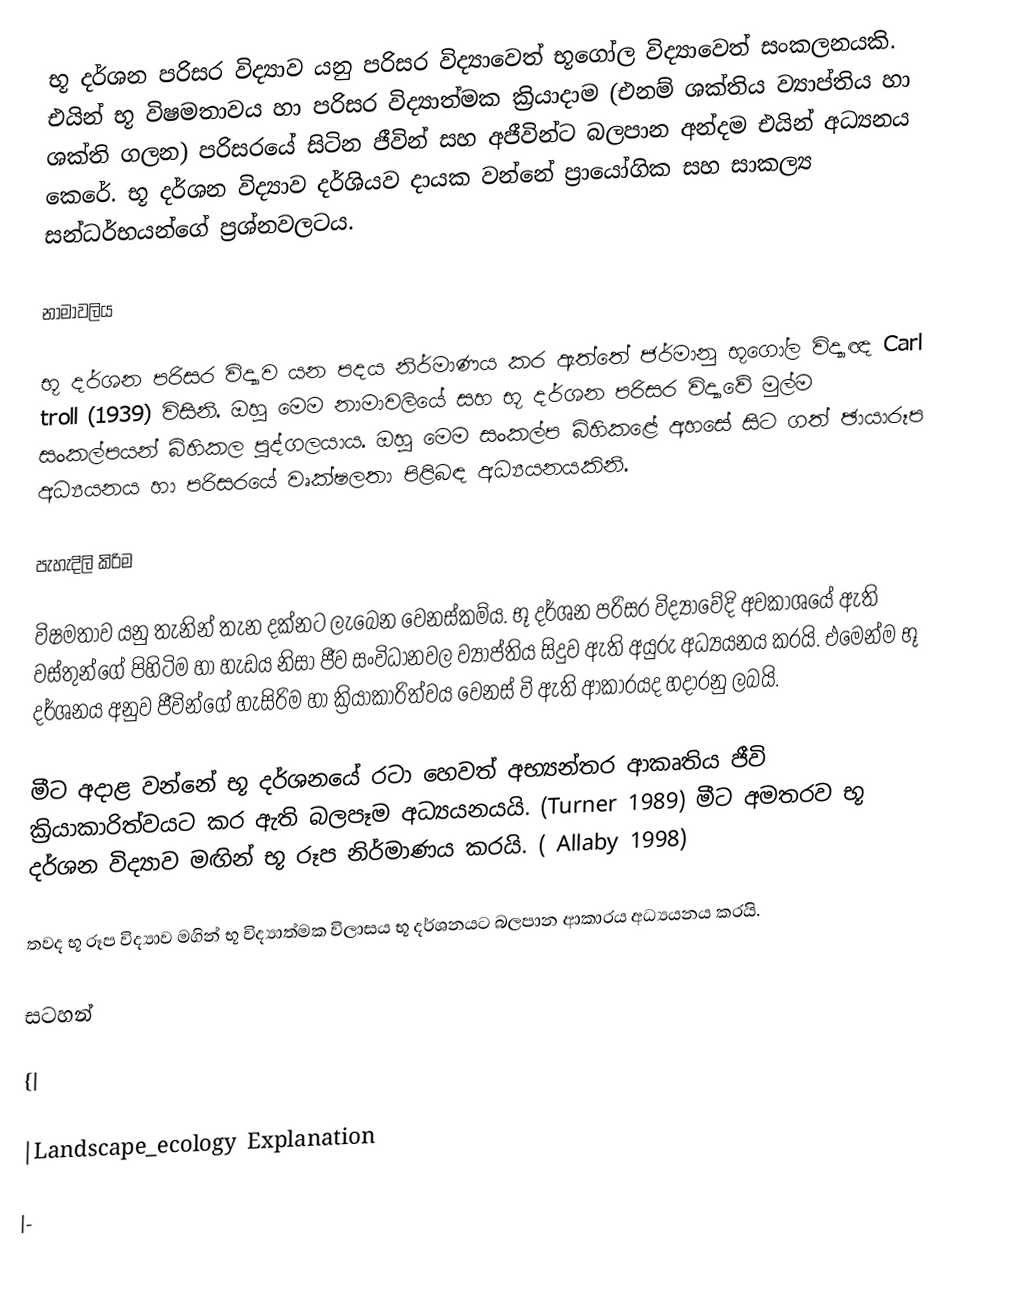
භූ දර්ශන පරිසර විද්‍යාව යනු පරිසර විද්‍යාවෙත් භූගෝල විද්‍යාවෙත් සංකලනයකි. එයින් භූ විෂමතාවය හා පරිසර විද්‍යාත්මක ක්‍රියාදාම (එනම් ශක්තිය ව්‍යාප්තිය හා ශක්ති ගලන) පරිසරයේ සිටින ජීවින් සහ අජීවින්ට බලපාන අන්දම එයින් අධ්‍යනය කෙරේ. භූ දර්ශන විද්‍යාව දර්ශියව දායක වන්නේ ප්‍රායෝගික සහ සාකල්‍ය සන්ධර්භයන්ගේ ප්‍රශ්නවලටය.

නාමාවලිය

භූ දර්ශන පරිසර විද්‍යාව යන පදය නිර්මාණය කර ඇත්තේ ජර්මානු භූගෝල විද්‍යාඥ Carl troll (1939) විසිනි. ඔහු මෙම නාමාවලියේ සහ භූ දර්ශන පරිසර විද්‍යාවේ මුල්ම සංකල්පයන් බිහිකල පුද්ගලයාය. ඔහු මෙම සංකල්ප බිහිකළේ අහසේ සිට ගත් ඡායාරූප අධ්‍යයනය හා පරිසරයේ වෘක්ෂලතා පිළිබඳ අධ්‍යයනයකිනි.

පැහැදිලි කිරිම

විෂමතාව යනු තැනින් තැන දක්නට ලැබෙන වෙනස්කම්ය. භූ දර්ශන පරිසර විද්‍යාවේදි අවකාශයේ ඇති වස්තුන්ගේ පිහිටිම හා හැඩය නිසා ජීව සංවිධානවල ව්‍යාප්තිය සිදුව ඇති අයුරු අධ්‍යයනය කරයි. එමෙන්ම භූ දර්ශනය අනුව ජීවින්ගේ හැසිරිම හා ක්‍රියාකාරිත්වය වෙනස් වි ඇති ආකාරයද හදාරනු ලබයි.

මීට අදාළ වන්නේ භූ දර්ශනයේ රටා හෙවත් අභ්‍යන්තර ආකෘතිය ජීවි ක්‍රියාකාරිත්වයට කර ඇති බලපෑම අධ්‍යයනයයි. (Turner 1989) මීට අමතරව භූ දර්ශන විද්‍යාව මඟින් භූ රූප නිර්මාණය කරයි. ( Allaby 1998)

තවද භූ රූප විද්‍යාව මගින් භූ විද්‍යාත්මක විලාසය භූ දර්ශනයට බලපාන ආකාරය අධ්‍යයනය කරයි.

සටහන්

{|

|Landscape_ecology Explanation

|-